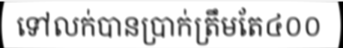
ទៅលក់បានប្រាក់ត្រឹមតែ៤០០